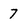
Character: 7